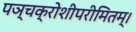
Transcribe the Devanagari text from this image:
पञ्चक्रोशीपरीमितम्।